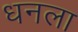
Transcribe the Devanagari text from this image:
धनला